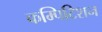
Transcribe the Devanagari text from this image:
कम्पिटिशन